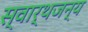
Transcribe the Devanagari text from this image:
स्वार्थजन्य